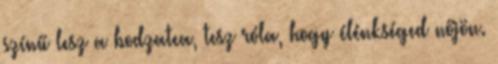
színű lesz a bodzatea, tesz róla, hogy élénkséged nőjön.